Vaccination Hyderabad 1872-1889 - 1872-1889
Year: 1872
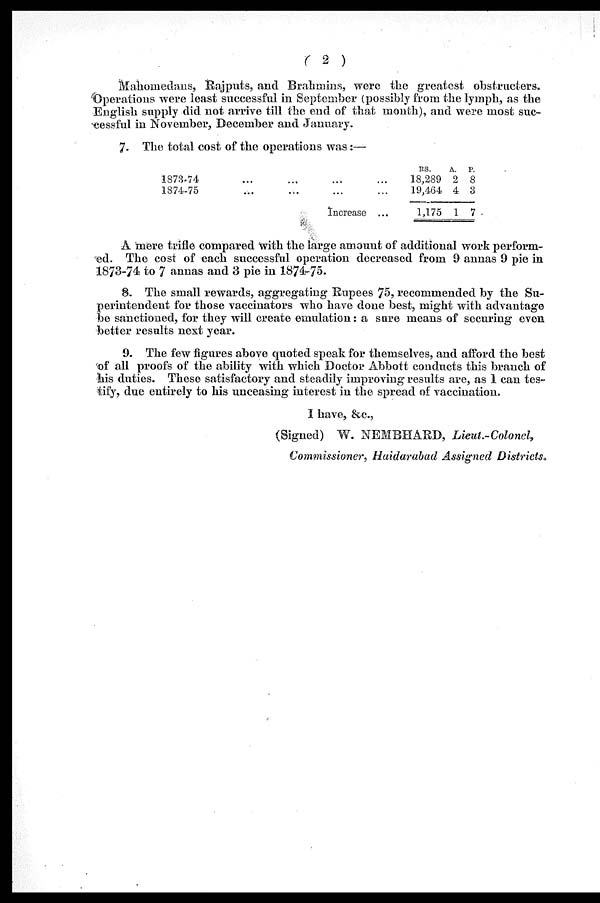
( 2 )
Mahomedans, Rajputs, and Brahmins, were the greatest obstructers.
Operations were least successful in September (possibly from the lymph, as the
English supply did not arrive till the end of that month), and were most suc-
cessful in November, December and January.
7. The total cost of the operations was:—
1873-74 ... ... ... ...
1874-75 ... ... ... ...
Increase ...
Rs.
18,289
19,464
1,175
A.
2
4
1
P.
8
3
7
A mere trifle compared with the large amount of additional work perform-
ed. The cost of each successful operation decreased from 9 annas 9 pie in
1873-74 to 7 annas and 3 pie in 1874-75.
8. The small rewards, aggregating Rupees 75, recommended by the Su-
perintendent for those vaccinators who have done best, might with advantage
be sanctioned, for they will create emulation: a sure means of securing even
better results next year.
9. The few figures above quoted speak for themselves, and afford the best
of all proofs of the ability with which Doctor Abbott conducts this branch of
his duties. These satisfactory and steadily improving results are, as 1 can tes-
tify, due entirely to his unceasing interest in the spread of vaccination.
I have, &c.,
(Signed) W. NEMBHARD, Lieut.-Colonel,
Commissioner , Haidarabad Assigned Districts.